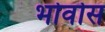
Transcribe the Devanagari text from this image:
भोवोस